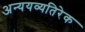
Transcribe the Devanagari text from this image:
अन्ययव्यतिरेक